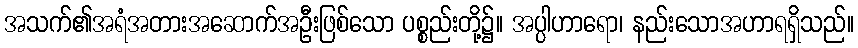
အသက်၏အရံအတားအဆောက်အဦးဖြစ်သော ပစ္စည်းတို့၌။ အပ္ပါဟာရော၊ နည်းသောအဟာရရှိသည်။